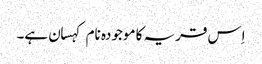
اِس قریہ کا موجودہ نام کہسان ہے۔